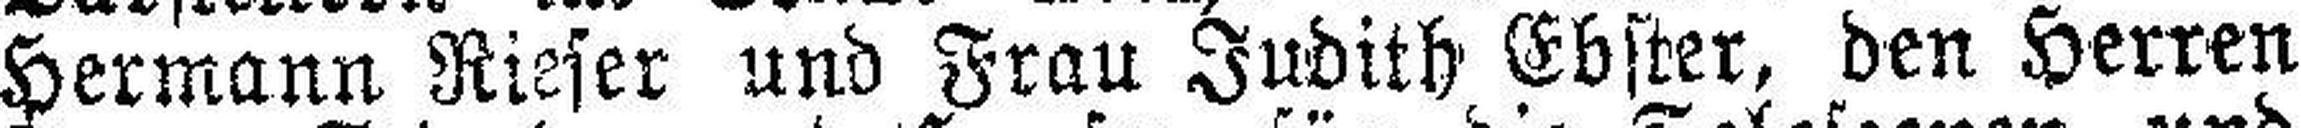
Hermann Rieser und Frau Judith Ebster, den Herren